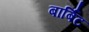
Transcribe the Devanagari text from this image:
बार्बिट